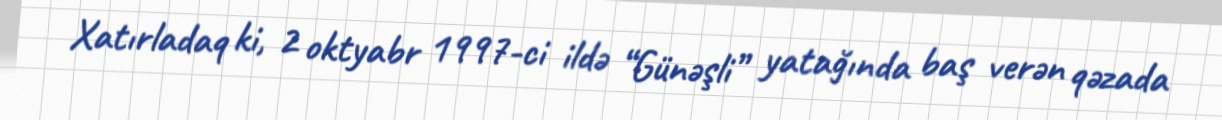
Xatırladaq ki, 2 oktyabr 1997-ci ildə “Günəşli” yatağında baş verən qəzada